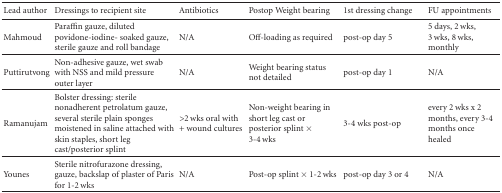
<table><thead><tr><td><b>Lead author</b></td><td><b>Dressings to recipient site</b></td><td><b>Antibiotics</b></td><td><b>Postop Weight bearing</b></td><td><b>1st dressing change</b></td><td><b>FU appointments</b></td></tr></thead><tbody><tr><td>Mahmoud</td><td>Paraffin gauze, diluted povidone-iodine- soaked gauze, sterile gauze and roll bandage</td><td>N/A</td><td>Off-loading as required</td><td>post-op day 5</td><td>5 days, 2 wks, 3 wks, 8 wks, monthly</td></tr><tr><td>Puttirutvong</td><td>Non-adhesive gauze, wet swab with NSS and mild pressure outer layer</td><td>N/A</td><td>Weight bearing status not detailed</td><td>post-op day 1</td><td>N/A</td></tr><tr><td>Ramanujam</td><td>Bolster dressing: sterile nonadherent petrolatum gauze, several sterile plain sponges moistened in saline attached with skin staples, short leg cast/posterior splint</td><td>&gt;2 wks oral with + wound cultures</td><td>Non-weight bearing in short leg cast or posterior splint × 3-4 wks</td><td>3-4 wks post-op</td><td>every 2 wks x 2 months, every 3-4 months once healed</td></tr><tr><td>Younes</td><td>Sterile nitrofurazone dressing, gauze, backslap of plaster of Paris for 1-2 wks</td><td>N/A</td><td>Post-op splint × 1-2 wks</td><td>post-op day 3 or 4</td><td>N/A</td></tr></tbody></table>